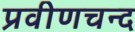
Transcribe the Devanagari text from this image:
प्रवीणचन्द